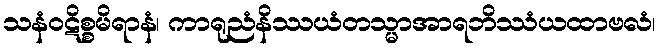
သနံဝဋိစ္စမိရာနံ၊ ကာရုညံနိဿယံတသ္မာအာရဘိဿံယထာဗလံ၊